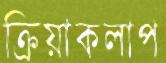
ক্রিয়াকলাপ